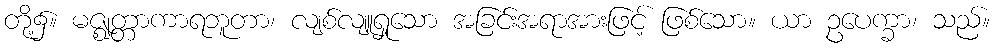
တို့၌။ မဇ္ဈတ္တာကာရဘူတာ၊ လျစ်လျူရှုသော အခြင်းအရာအားဖြင့် ဖြစ်သော။ ယာ ဥပေက္ခာ၊ သည်။